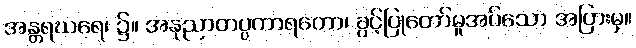
အန္တရဃရေ၊ ၌။ အနုညာတပ္ပကာရတော၊ ခွင့်ပြုတော်မူအပ်သော အပြားမှ။